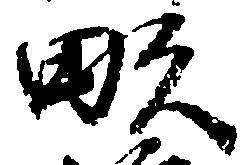
畝